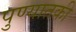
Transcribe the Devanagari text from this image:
पुण्यातकी